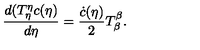
\frac { d ( T _ { \eta } ^ { \eta } c ( \eta ) } { d \eta } = \frac { \dot { c } ( \eta ) } { 2 } T _ { \beta } ^ { \beta } .